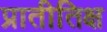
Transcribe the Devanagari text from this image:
प्रातीतिक्ष